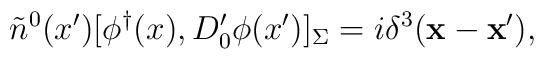
\tilde{n}^0(x') [\phi^{\dagger}(x),D'_0\phi(x')]_{\Sigma}=i \delta^3({\bf x}-{\bf x}') ,